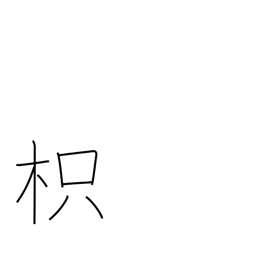
Meaning: trifoliate orange tree